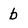
Character: b